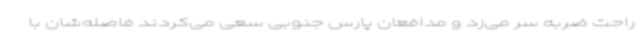
راحت ضربه سر می‌زد و مدافعان پارس جنوبی سعی می‌کردند فاصله‌شان با